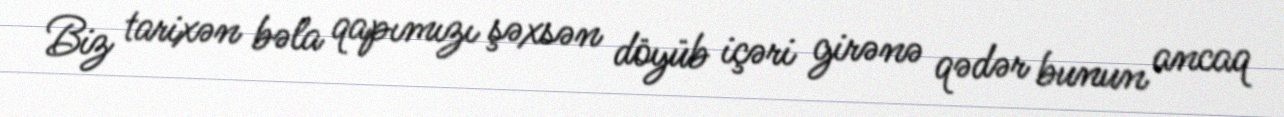
Biz tarixən bəla qapımızı şəxsən döyüb içəri girənə qədər bunun ancaq